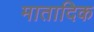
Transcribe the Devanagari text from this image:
मातादिक